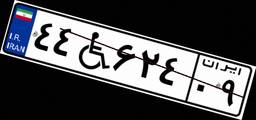
۴۴W۶۲۴۰۹